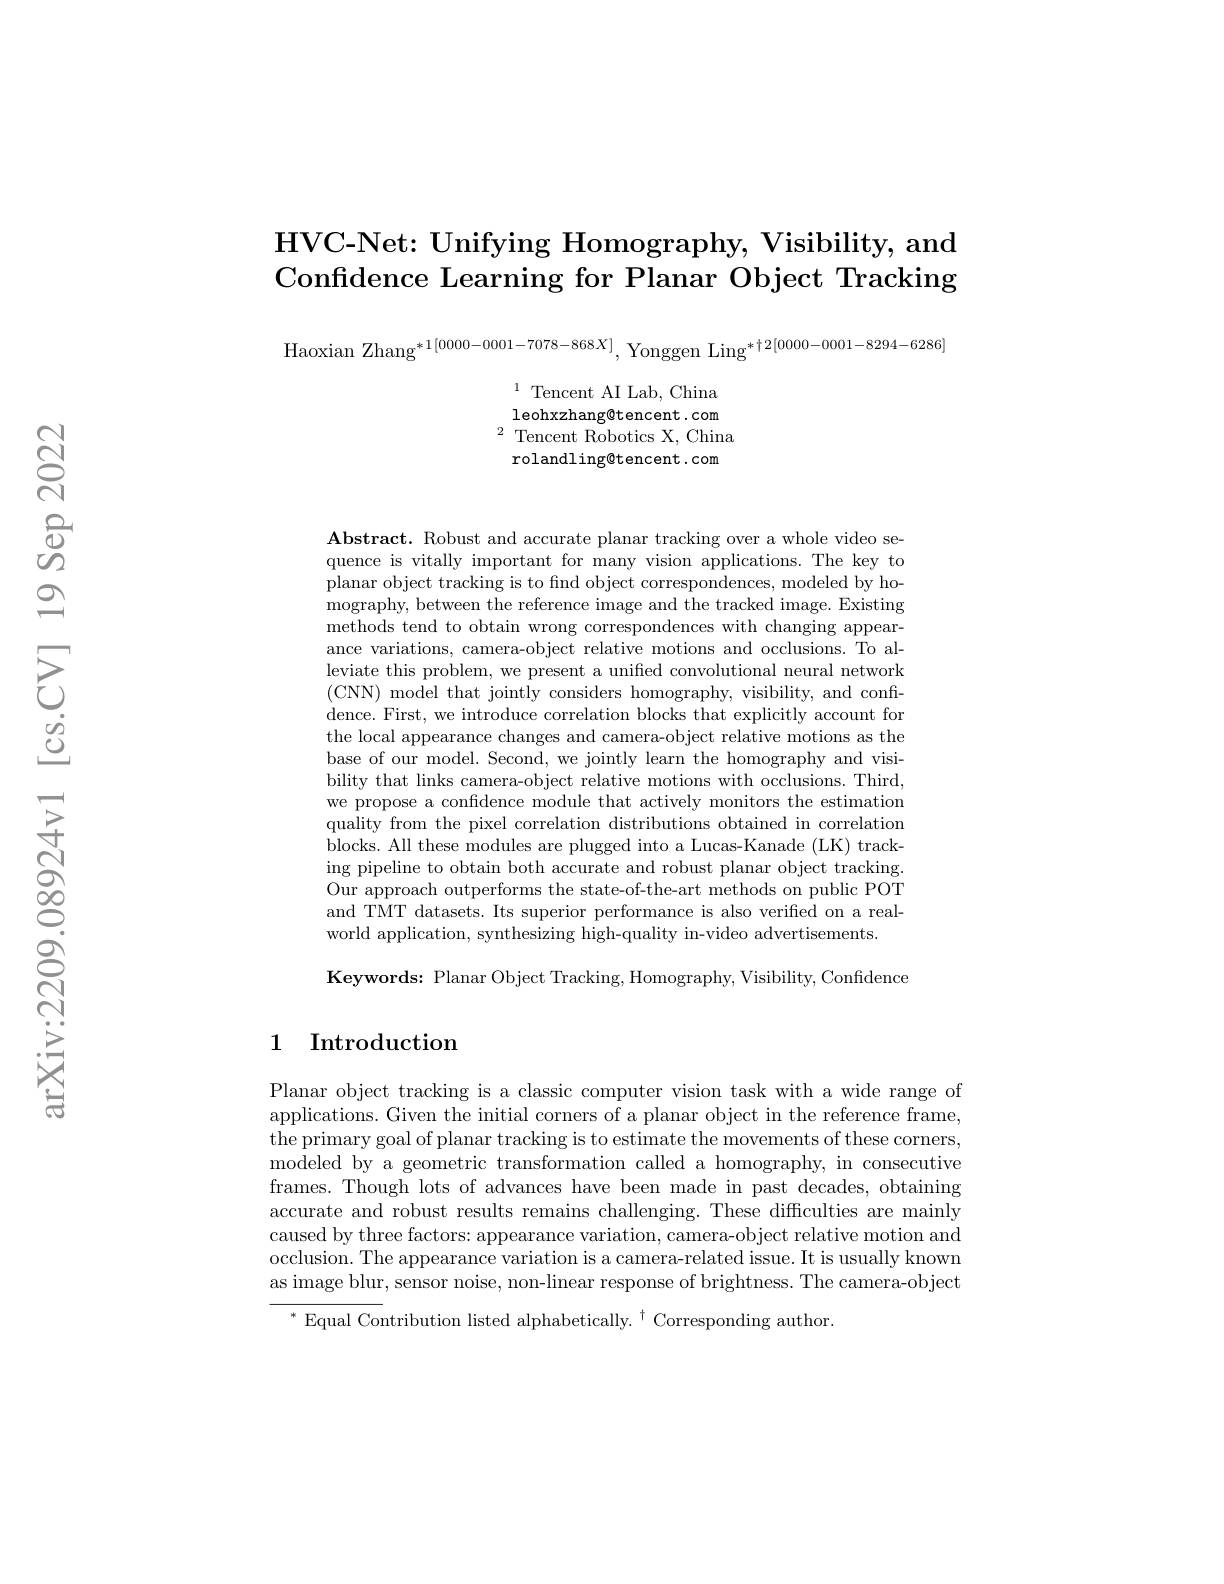
# HVC- Net: Unifying Homography, Visibility, and Confidence Learning for Planar Object Tracking

Haoxian Zhang$^{*1[0000-0001-7078-868X]}$, Yonggen Ling$^{*\dagger2[0000-0001-8294-6286]}$

$^{1}$ Tencent AI Lab, China leohxzhang@tencent.com $^{2}$ Tencent Robotics X, China rolandling@tencent.com

$\mathbf{Abstract.~Robust~and~accurate~planar~tracking~over~a~whole~video~se-}$ quence is vitally important for many vision applications. The key to planar object tracking is to find object correspondences, modeled by homography, between the reference image and the tracked image. Existing methods tend to obtain wrong correspondences with changing appearance variations, camera-object relative motions and occlusions. To alleviate this problem, we present a unified convolutional neural network ( CNN) model that jointly considers homography, visibility, and confi- ther honsiders homography, visibility, and confi- the that jointly considers homography, visibility, and confi- t the ther t ther t thers homsiders homography, visibility, and confi- t t dence. First, we introduce correlation blocks that explicitly account fon the local appearance changes and camera-object relative motions as the base of our model. Second, we jointly learn the homography and visibility that links camera-object relative motions with occlusions. Third, we propose a confidence module that actively monitors the estimation quality from the pixel correlation distributions obtained in correlation blocks. All these modules are plugged into a Lucas-Kanade (LK) tracking pipeline to obtain both accurate and robust planar object tracking. Our approach outperforms the state-of-the-art methods on public POT and TMT datasets. Its superior performance is also verified on a realworld application, synthesizing high-quality in-video advertisements

Keywords: Planar Object Tracking, Homography, Visibility, Confidence

## 1 Introduction

Planar object tracking is a classic computer vision task with a wide range of applications. Given the initial corners of a planar object in the reference frame, the primary goal of planar tracking is to estimate the movements of these corners, modeled by a geometric transformation called a homography, in consecutive frames. Though lots of advances have been made in past decades, obtaining accurate and robust results remains challenging. These difficulties are mainly caused by three factors: appearance variation, camera-object relative motion and occlusion. The appearance variation is a camera-related issue. It is usually known as image blur, sensor noise, non-linear response of brightness. The camera-object

${^{*}\text{Equal Contribution listed alphabetically.}^{\dagger}\text{Corresponding author}}$